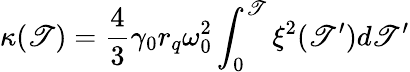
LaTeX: \kappa(\mathscr{T})=\frac{{4}}{{3}}\gamma_{0}r_{q}\omega_{0}^{2}\int_{0}^{\mathscr{T}}\xi^{2}(\mathscr{T}^{\prime})d\mathscr{T}^{\prime}